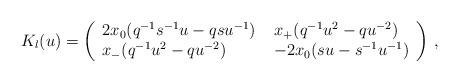
LaTeX: \begin{align*}K_l(u)=\left ( \begin{array}{ll}2x_{0}(q^{-1}s^{-1}u-qsu^{-1}) \; & x_{+}(q^{-1}u^2 -qu^{-2}) \\x_{-}(q^{-1}u^2 -qu^{-2}) \; & -2x_{0}(su-s^{-1}u^{-1})\end{array} \right )\, ,\end{align*}